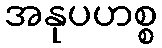
အနုပဟစ္စ